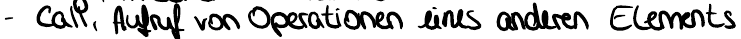
- call, Aufruf von Operationen eines anderen Elements